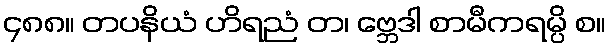
၄၈၈။ တပနိယံ ဟိရညံ တ၊ ဗ္ဘေဒါ စာမီကရမ္ပိ စ။